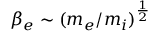
\beta _ { e } \sim ( m _ { e } / m _ { i } ) ^ { \frac { 1 } { 2 } }